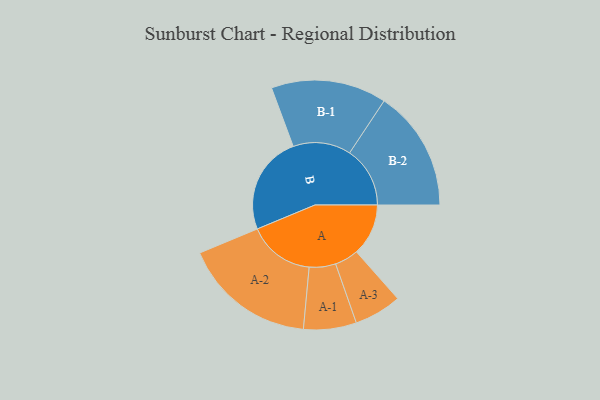
{"axis": {"x": "Segment", "y": "Value"}, "legend": ["", "A", "B"], "data": [{"x": "A", "y": 232, "type": ""}, {"x": "B", "y": 441, "type": ""}, {"x": "A-1", "y": 118, "type": "A"}, {"x": "A-2", "y": 297, "type": "A"}, {"x": "A-3", "y": 106, "type": "A"}, {"x": "B-1", "y": 258, "type": "B"}, {"x": "B-2", "y": 270, "type": "B"}]}